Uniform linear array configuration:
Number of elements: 8
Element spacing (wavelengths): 0.25
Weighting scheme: hamming
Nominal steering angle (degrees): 0
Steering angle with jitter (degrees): -0.7502
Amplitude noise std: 0.05
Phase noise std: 0.05

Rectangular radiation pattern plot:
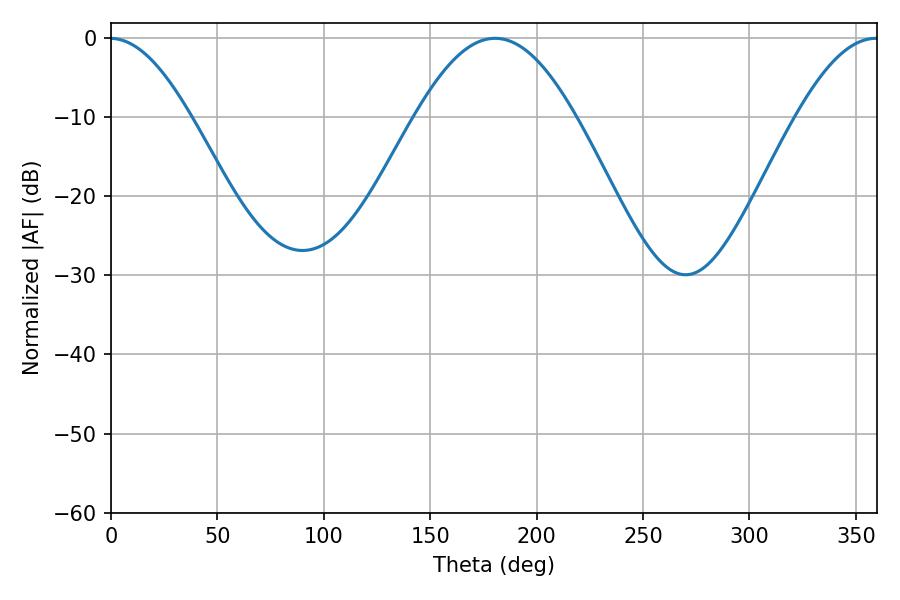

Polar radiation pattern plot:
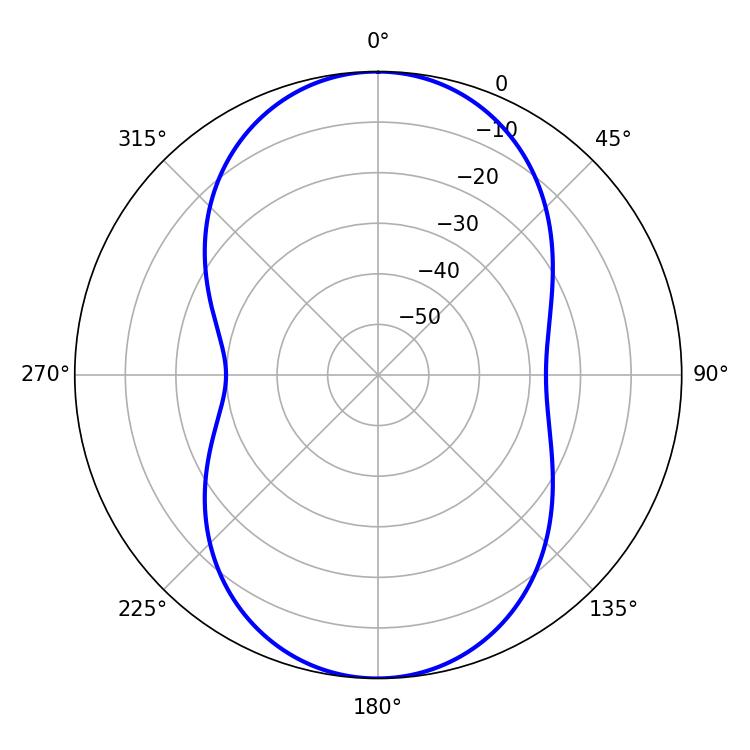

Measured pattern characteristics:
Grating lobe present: FALSE
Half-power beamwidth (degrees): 40.86
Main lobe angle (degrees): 180.54